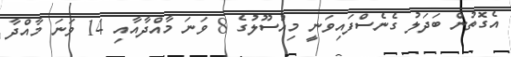
އެގޮތުން ބަދަލު ގެނެސްފައިވަނީ މިއުސޫލުގެ 8 ވަނަ މާއްދާއާއި 14 ވަނަ މާއްދާ